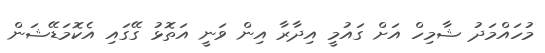
މުހައްމަދު ޝާމިހް އަށް ގައުމީ އިދާރާ އިން ވަނީ އަތޮޅު ގޭގައި އެކޮމަޑޭޝަން